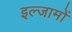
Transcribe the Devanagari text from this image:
इल्जामों